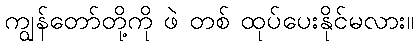
ကျွန်တော်တို့ကို ဖဲ တစ် ထုပ်ပေးနိုင်မလား။